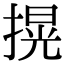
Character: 㨪